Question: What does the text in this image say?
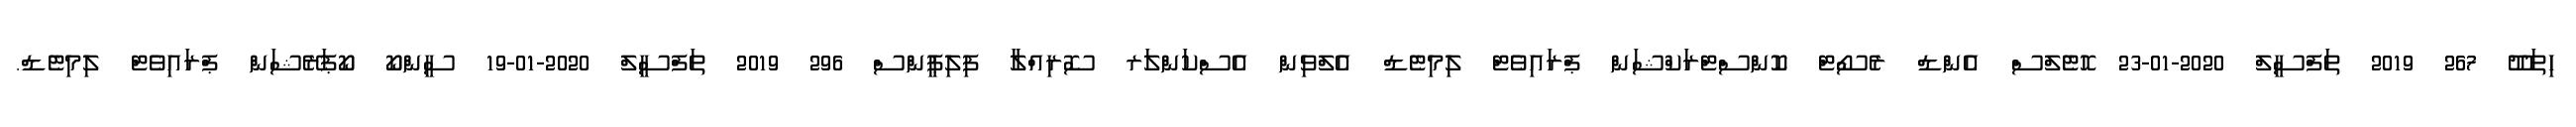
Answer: ހިތަދޫ 267 2019 ތަފްސީލް 2020-01-23 ހޮޓެލްސް އެންޑް ރެސޯޓް ކޮންސްޓްރަކްޝަން ޕްރައިވެޓް ލިމިޓެޑް އެލްވިން އެސްކަންލަރ ސޮރިއްލާ ފިލިޕީންސް 296 2019 ތަފްސީލް 2020-01-19 ސީންކޯ ކޯޕަރޭޝަން ޕްރައިވެޓް ލިމިޓެޑް.